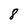
Character: 8